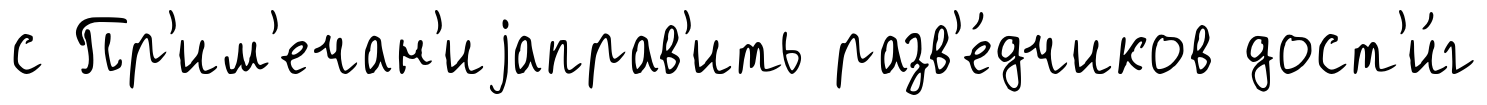
с Пр'им'ечан'иjаправ'ить разв'е́дчиков дост'и́г